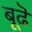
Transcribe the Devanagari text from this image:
बूढॆ